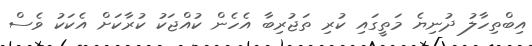
އިބްތިހާލު ދުނިޔެ މަތީގައި ކުރި ތަޖުރިބާ އެހެން ކުއްޖަކު ކުރާކަށް އެކަކު ވެސް